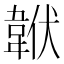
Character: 𩎧